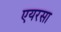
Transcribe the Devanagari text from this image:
एयरसा